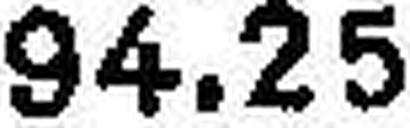
94.25